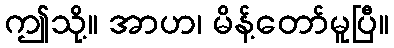
ဤသို့။ အာဟ၊ မိန့်တော်မူပြီ။